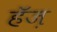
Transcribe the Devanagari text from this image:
हॅज़